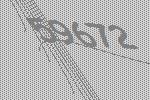
59672